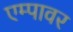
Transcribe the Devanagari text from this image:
एम्पावर